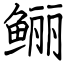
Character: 鲡